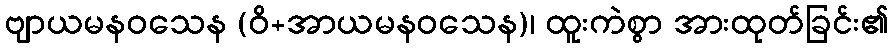
ဗျာယမနဝသေန (ဝိ+အာယမနဝသေန)၊ ထူးကဲစွာ အားထုတ်ခြင်း၏